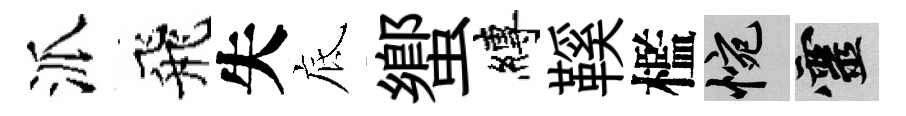
派飛失底蠁縛鞵檻惋靈